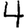
Digit: 4